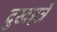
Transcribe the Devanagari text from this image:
दुखहर्त्रे